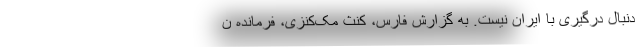
دنبال درگیری با ایران نیست. به گزارش فارس، کنث مک‌کنزی، فرمانده ن